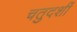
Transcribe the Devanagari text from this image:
चतुदर्शी